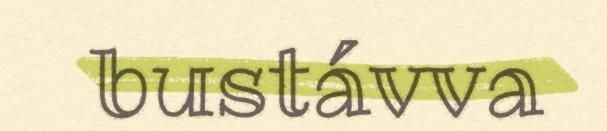
bustávva